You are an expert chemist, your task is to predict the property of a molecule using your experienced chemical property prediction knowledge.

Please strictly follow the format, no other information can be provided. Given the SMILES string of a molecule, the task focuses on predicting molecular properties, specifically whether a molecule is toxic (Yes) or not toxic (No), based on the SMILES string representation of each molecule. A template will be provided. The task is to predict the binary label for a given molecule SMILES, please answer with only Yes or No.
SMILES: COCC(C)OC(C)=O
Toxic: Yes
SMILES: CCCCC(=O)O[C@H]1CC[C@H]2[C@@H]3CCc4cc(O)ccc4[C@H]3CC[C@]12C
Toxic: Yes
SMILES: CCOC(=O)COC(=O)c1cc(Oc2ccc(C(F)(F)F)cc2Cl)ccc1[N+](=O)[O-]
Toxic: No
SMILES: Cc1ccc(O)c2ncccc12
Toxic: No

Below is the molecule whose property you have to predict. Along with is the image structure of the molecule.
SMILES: COC(=O)CCCCCCCCC(=O)OC
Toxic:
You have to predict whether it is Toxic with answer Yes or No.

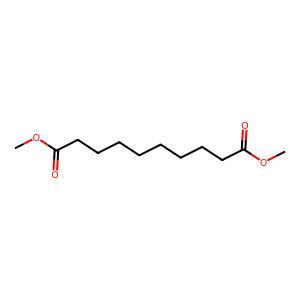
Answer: No